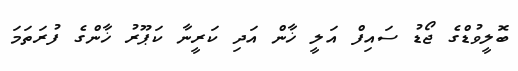
ބޮލީވުޑްގެ ޖޯޑު ސައިފް އަލީ ޚާން އަދި ކަރީނާ ކަޕޫރު ޚާންގެ ފުރަތަމަ